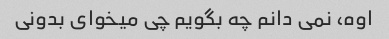
اوه، نمی دانم چه بگویم چی میخوای بدونی